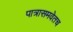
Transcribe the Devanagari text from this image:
पात्रासमवेतच